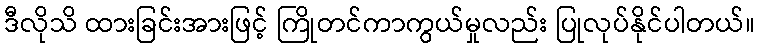
ဒီလိုသိ ထားခြင်းအားဖြင့် ကြိုတင်ကာကွယ်မှုလည်း ပြုလုပ်နိုင်ပါတယ်။